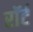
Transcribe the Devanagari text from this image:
रॉर्ट